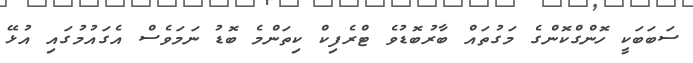
ސަބަބަކީ ހޮންގްކޮންގެ މަގުތައް ބާރުބޮޑުވެ ޓްރެފިކް ކިތަންމެ ބޮޑު ނަމަވެސް އެގައުމުގައި އުޅޭ